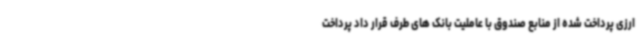
ارزی پرداخت شده از منابع صندوق با عاملیت بانک های طرف قرار داد پرداخت